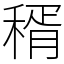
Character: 稰